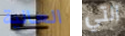
العالية التي